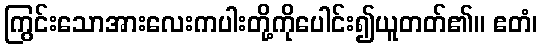
ကြွင်းသောအားလေးကပါးတို့ကိုပေါင်း၍ယူတတ်၏။ ဧတံ၊